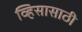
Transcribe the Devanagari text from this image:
व्हिसासाठी